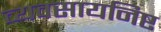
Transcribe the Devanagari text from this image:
व्यवसायनिष्ट